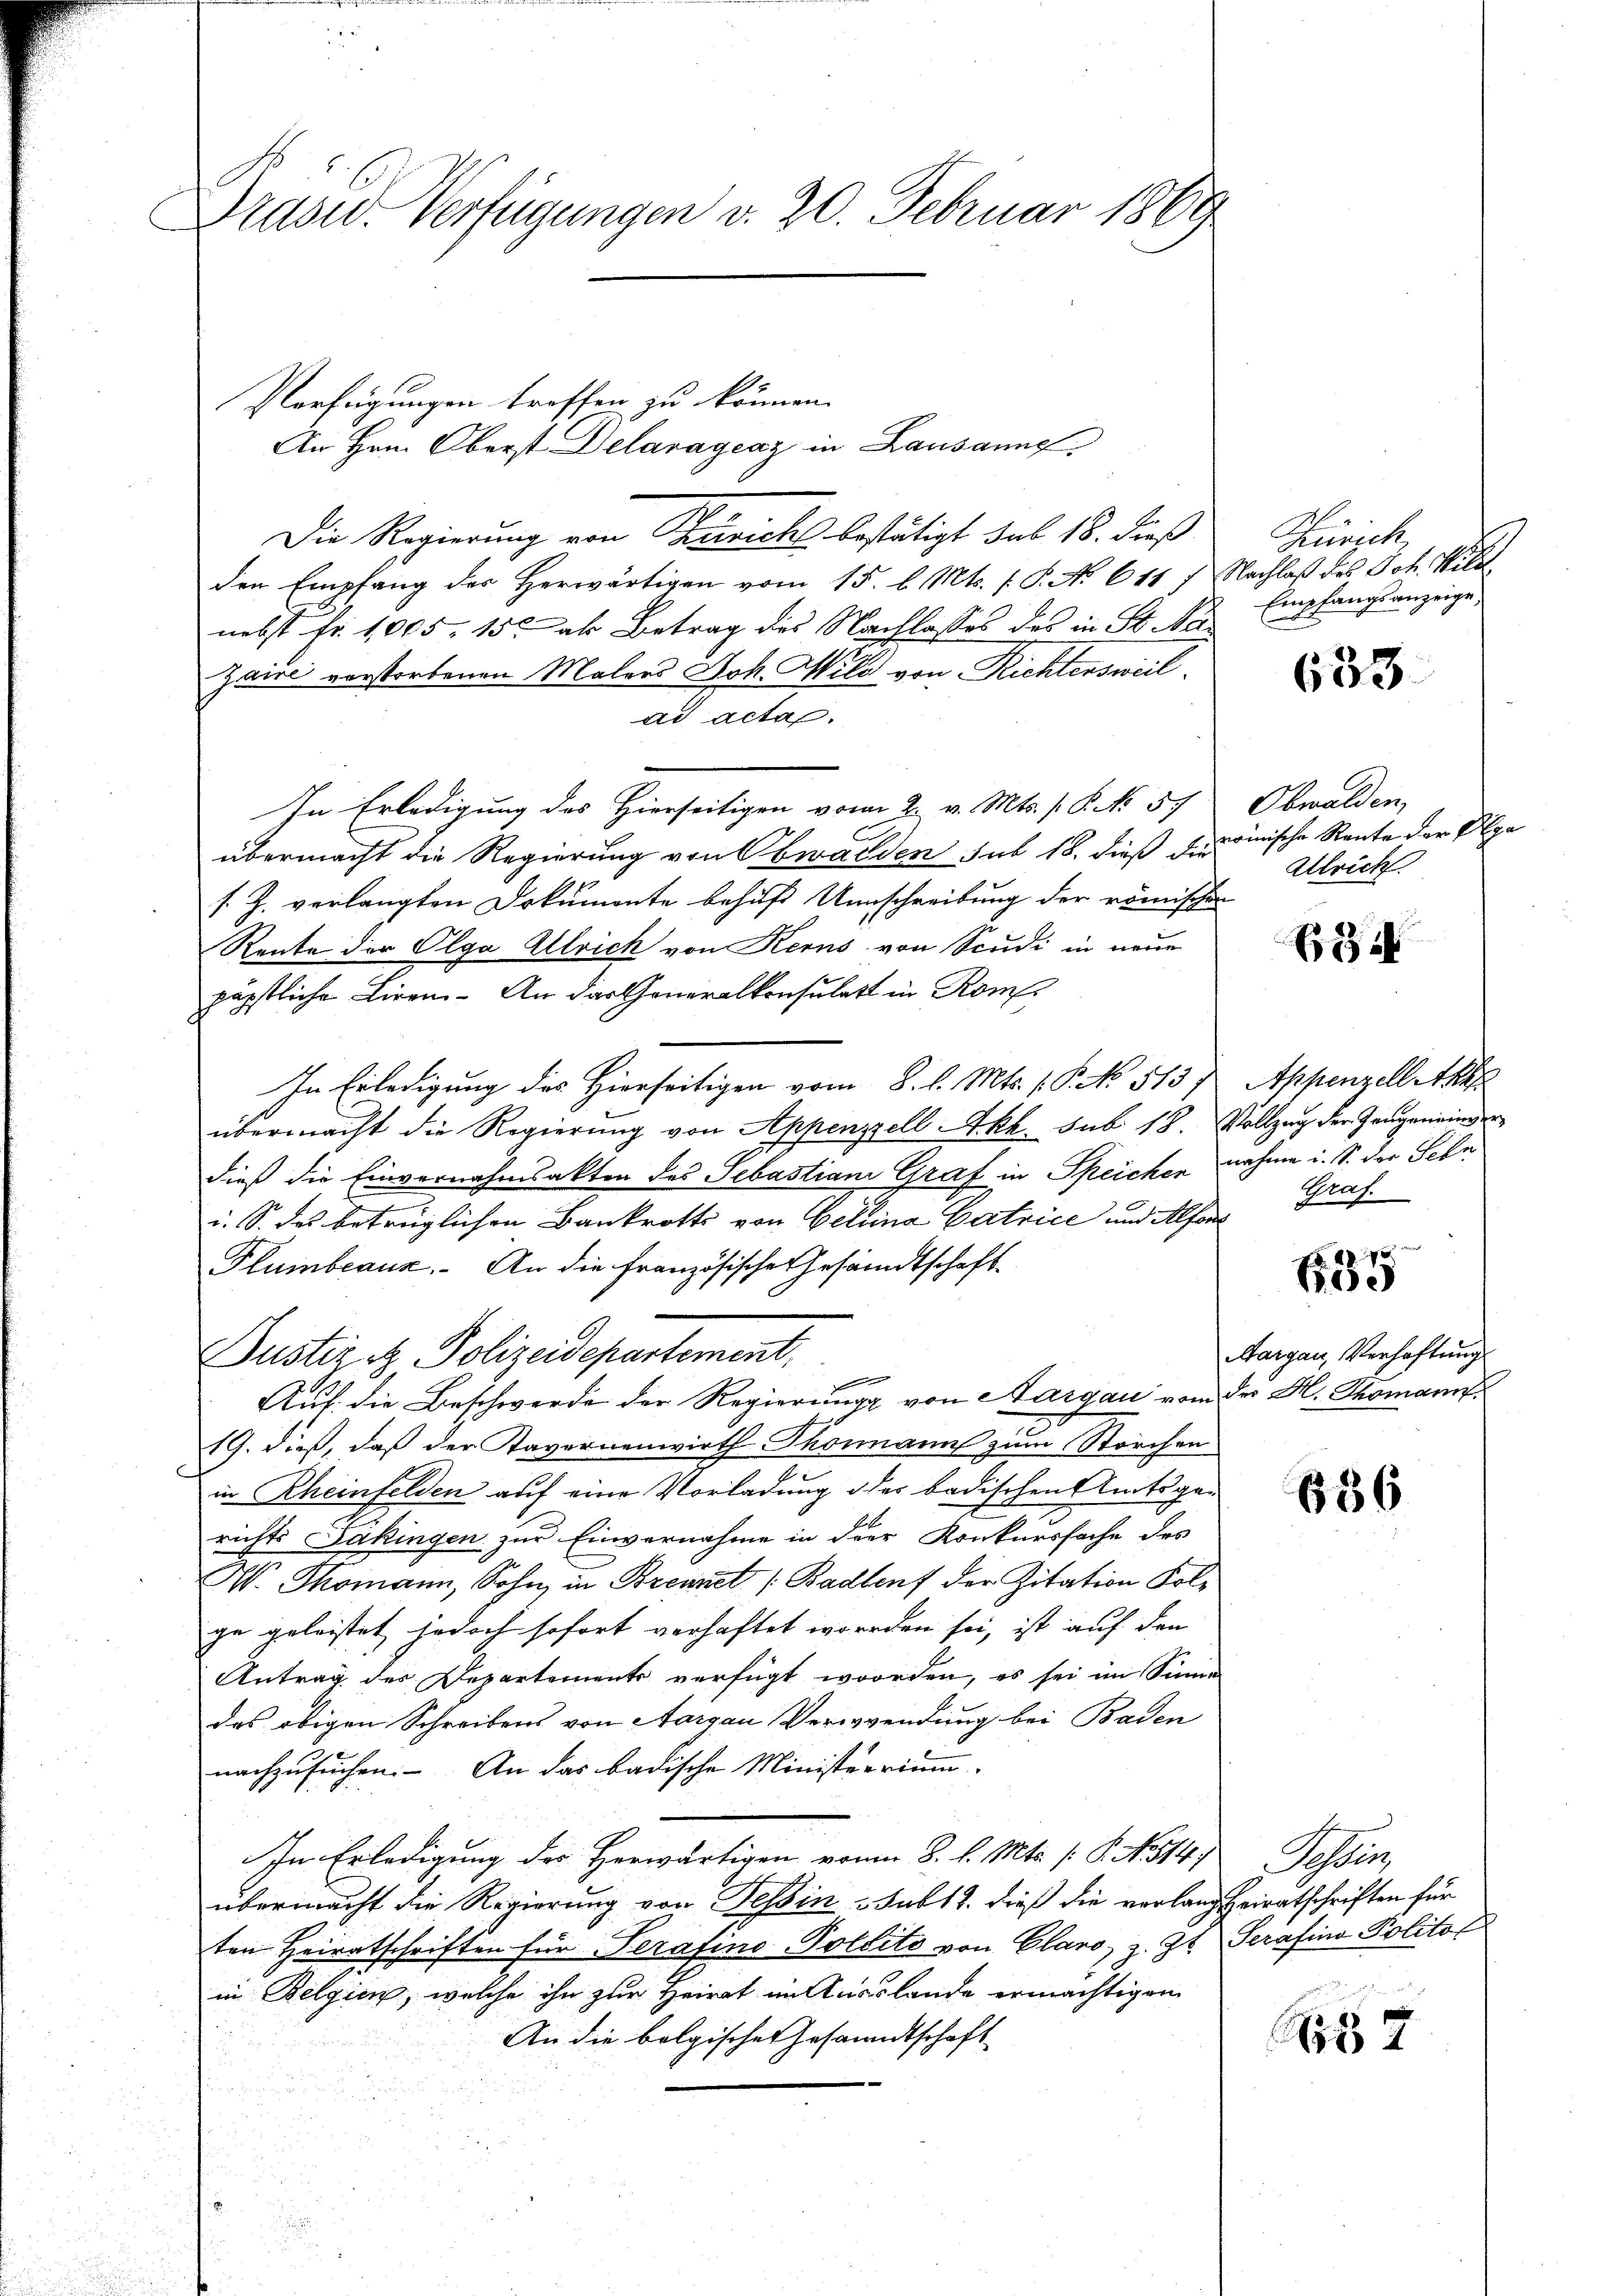
Drasw. Verfügungen v. 20. Februar 1869

Verfügungen treffen zu können.
An Hrn. Oberst Delaragenz in Lausanne

Die Regierung von Turichs bestätigt sub 18. dieß
den Empfang des Herwärtigen vom 15. l. Mts. f. P. No 611 f Nachlaß des Joh. Wildt,
nebst fr. 1005, 150 ab Betrag des Nachlasses des in St. Na
Zaire verstorbenen Malers Joh. Wild von Richtensweil.
ad acta.
In Erledigung des Hierseitigen vom 2. v. Mts. /: P. No 57
übermacht die Regierung von Obwalden sub 18. dieß die
/. J. verlangten Dokumonte behufs Umschreibung der römischen
Rente der Olga Ulrich von Kerns von Scudi in neue
päpstliche Liren. An der Generalkonsulat in Rom
In Erledigung des Hierseitigen vom 8. l. Mts. (T. No 513)
übermacht die Regierung von Appenzell Akk. sub. 18. Vollzug der Gangeneinder
dieß die Einvernahmsakten des Sebastiani Graf in Speichen nahme i. S. der Sehn
i. S. des betrüglichen Bankrotts von Gelina Catrice und Alfon
Plumbeaux. - An die französische Gesandtschaft
Justiziz Polizeidepartement,

Auf die Beschwerde der Regierung von Aargau vom der H. Thomann
19. dieß, daß der Tavernenwirth Thomanns zum Storchen
in Rheinfelden auf eine Vorladung der badischen Amtsgerichts Jäkingen zur Einvernahme in der Konkurssache des
W. Thomann, Sohn, in Brennet (Badten der Zitation Kolge geleistet jedoch sofort verhaftet worden sei, ist auf den
Antrag des Departements verfügt worden, es sei im Sinne
das obigen Schreibens von Aargau Verwendung bei Baden
nachzusuchen. An das badische Ministerrium
In Erledigung des Herwärtigen vom 8. l. Mts. /: P. N. 114.
übermacht die Regierung von Tessin sub 12. dieß die verlang heiratschriften für
ten Heiratschriften für Serafino-Polito von Claro, z. Zt. Serafino Politot
in Belgien, welche ihn zur Heirat im Ausslande ermächtigen
An die bolgischen Gesandtschaft

Theürich,
Empfangsanzeige,
b

633

Obwalden,
römische Rente der Alpa
Alrich.

E

Appenzell Akk
Graf.

75
Be

Margau, Verhaftung

636

Siles

Nr 7